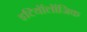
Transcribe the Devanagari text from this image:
इटियॉलॉजिक